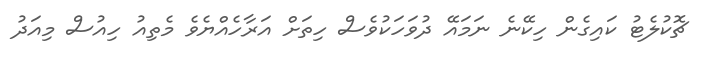
ޗޮކުލެޓު ކައިގެން ހިކޭނެ ނަމައޭ ދުވަހަކުވެސް ހިތަށް އަރާހެއްޔެވެ މެތިއު ހިއުސް މިއަދު